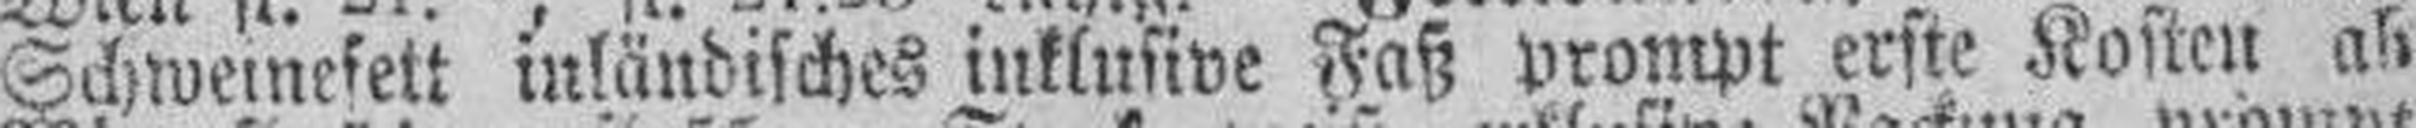
Schweinefett inländisches inklusive Faß prompt erste Kosten ab